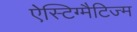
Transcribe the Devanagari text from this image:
ऐस्टिग्मैटिज्म